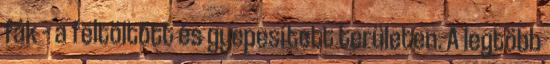
fák – a feltöltött és gyepesített területen. A leg­több